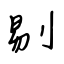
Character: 剔